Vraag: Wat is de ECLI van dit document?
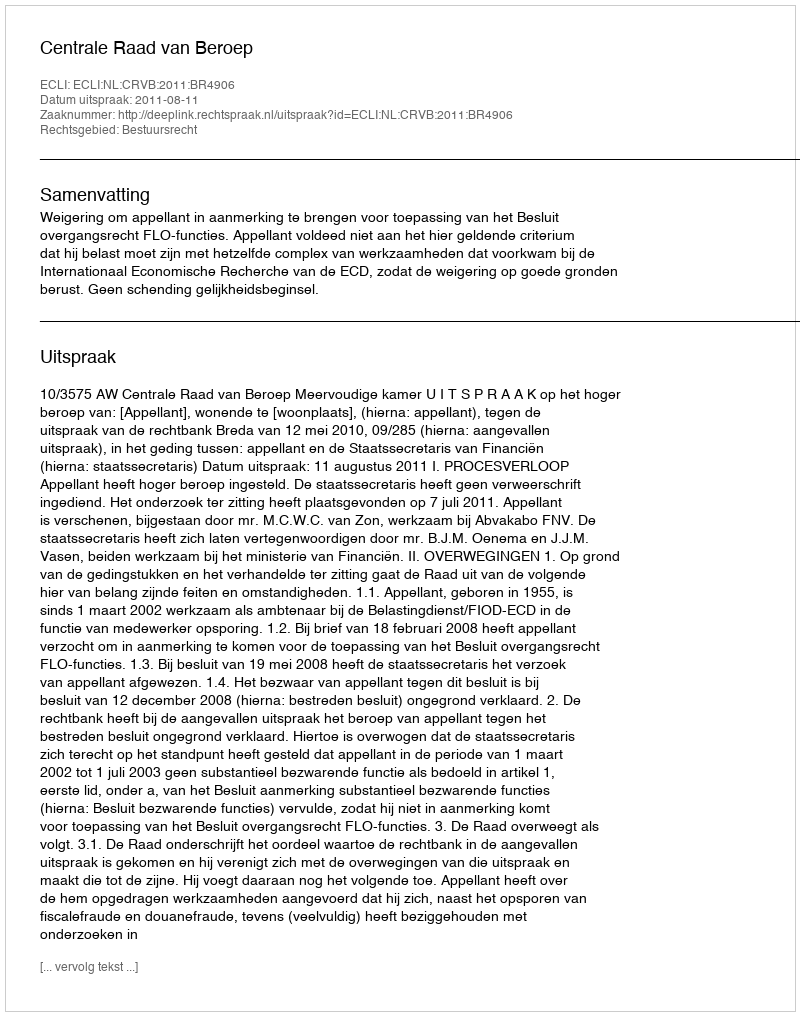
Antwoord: ECLI:NL:CRVB:2011:BR4906